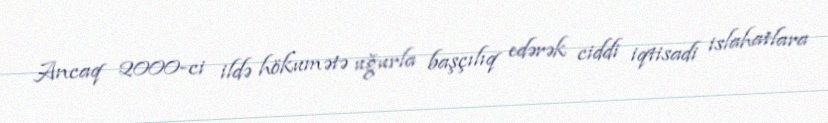
Ancaq 2000-ci ildə hökumətə uğurla başçılıq edərək ciddi iqtisadi islahatlara